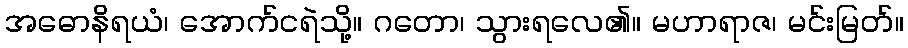
အဓောနိရယံ၊ အောက်ငရဲသို့။ ဂတော၊ သွားရလေ၏။ မဟာရာဇ၊ မင်းမြတ်။